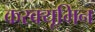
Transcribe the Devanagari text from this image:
करक्यूमिन